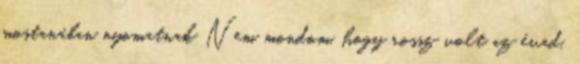
mostanában nyomatnak Nem mondom, hogy rossz volt az évad,